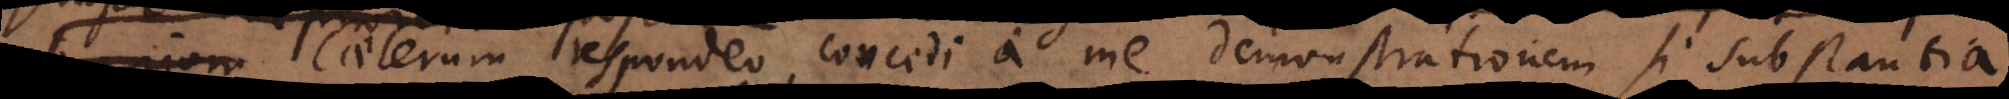
Caeterum respondeo concedi a me demonstrationem si substanti